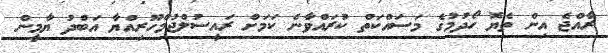
ރާއްޖެ އިން ތެޔޮ ހޯދުމުގެ މަސައްކަތް ކުރައްވާނެ ކަމަށް ރައީސުލްޖުމްހޫރިއްޔާ އަބްދު ޔާމީން